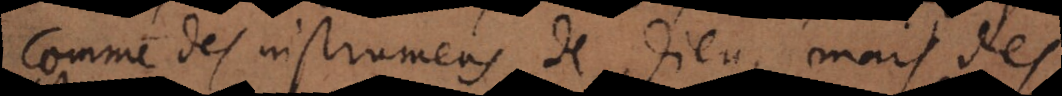
comme des instrumens de Dieu, mais des